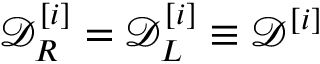
\mathcal { D } _ { R } ^ { [ i ] } = \mathcal { D } _ { L } ^ { [ i ] } \equiv \mathcal { D } ^ { [ i ] }